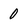
Character: 0